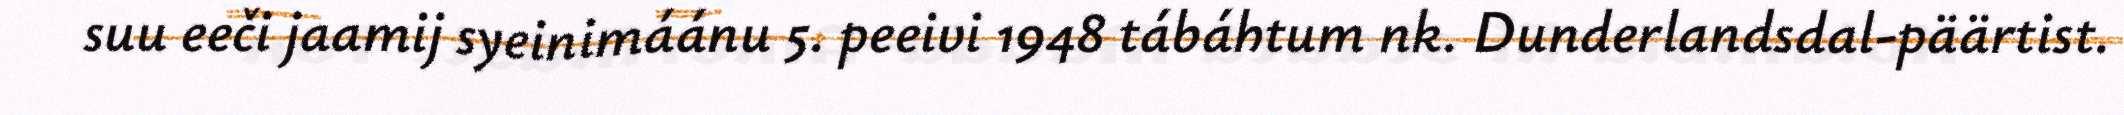
suu eeči jaamij syeinimáánu 5. peeivi 1948 tábáhtum nk. Dunderlandsdal-päärtist.